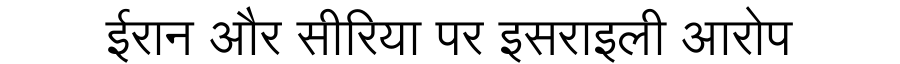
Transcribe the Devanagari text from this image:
ईरान और सीरिया पर इसराइली आरोप